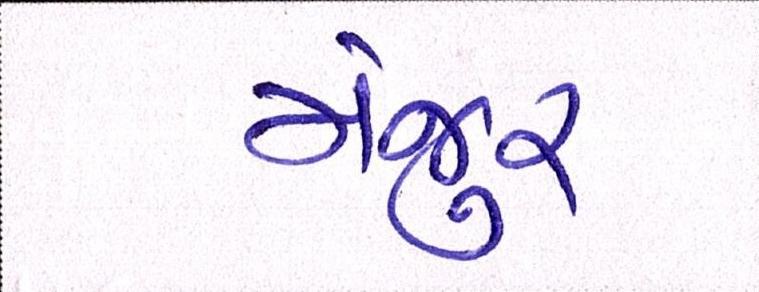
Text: મંજુર